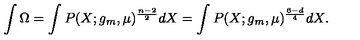
\int \Omega = \int P ( X ; g _ { m } , \mu ) ^ { \frac { n - 2 } { 2 } } d X = \int P ( X ; g _ { m } , \mu ) ^ { \frac { 6 - d } { 4 } } d X .